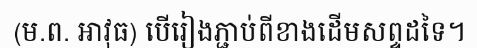
(ម.ព. អាវុធ) បើរៀងភ្ជាប់ពីខាងដើមសព្ទដទៃ។